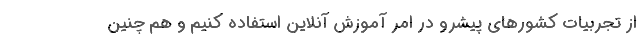
از تجربیات کشورهای پیشرو در امر آموزش آنلاین استفاده کنیم و هم چنین